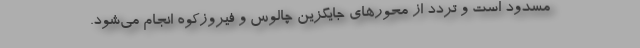
مسدود است و تردد از محورهای جایگزین چالوس و فیروزکوه انجام می‌شود.